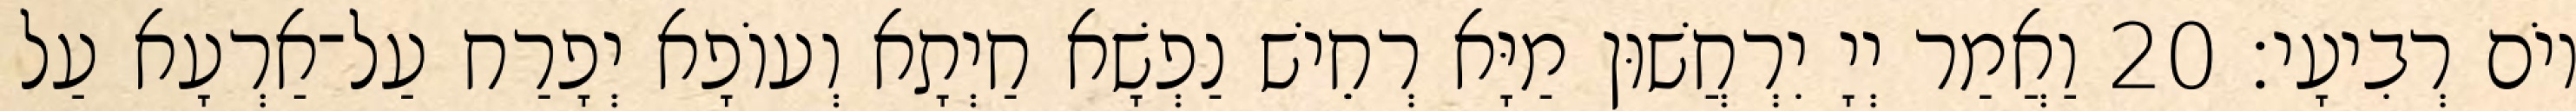
יוֹם רְבִיעָי׃ 20 וַאֲמַר יְיָ יִרְחֲשׁוּן מַיָּא רְחֵישׁ נַפְשָׁא חַיְתָא וְעוֹפָא יְפָרַח עַל־אַרְעָא עַל